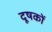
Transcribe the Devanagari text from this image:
दूषकों